[Report on the health of British troops in the Madras command]
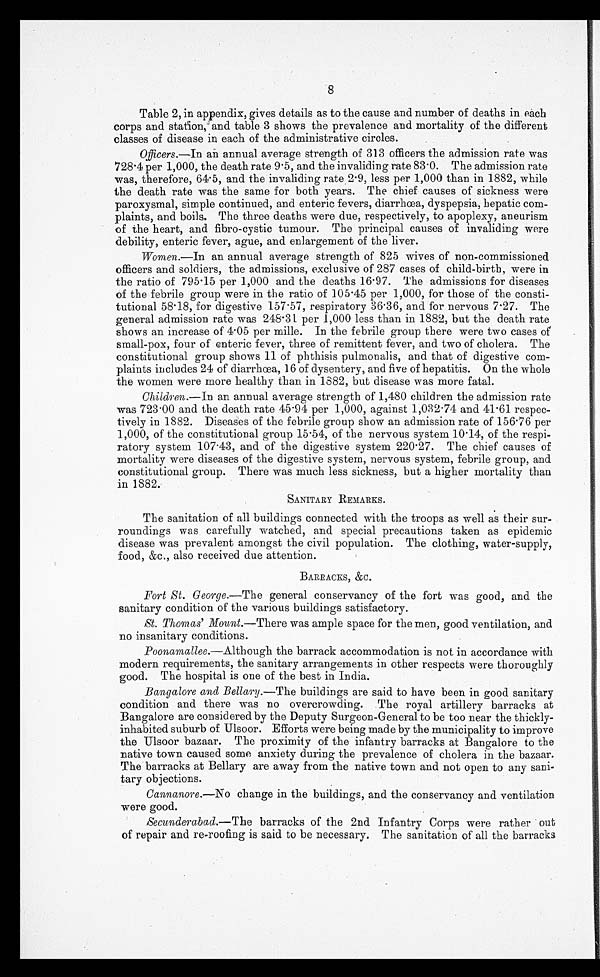
8
Table 2, in appendix, gives details as to the cause and number of deaths in each
corps and station, and table 3 shows the prevalence and mortality of the different
classes of disease in each of the administrative circles.
Officers.—In an annual average strength of 313 officers the admission rate was
728.4 per 1,000, the death rate 9.5, and the invaliding rate 83.0. The admission rate
was, therefore, 64.5, and the invaliding rate 2.9, less per 1,000 than in 1882, while
the death rate was the same for both years. The chief causes of sickness were
paroxysmal, simple continued, and enteric fevers, diarrhœa, dyspepsia, hepatic com
-plaints, and boils. The three deaths were due, respectively, to apoplexy, aneurism
of the heart, and fibro-cystic tumour. The principal causes of invaliding were
debility, enteric fever, ague, and enlargement of the liver.
Women. —In an annual average strength of 825 wives of non-commissioned
officers and soldiers, the admissions, exclusive of 287 cases of child-birth, were in
the ratio of 795.15 per 1,000 and the deaths 16.97. The admissions for diseases
of the febrile group were in the ratio of 105.45 per 1,000, for those of the consti
-tutional 58.18, for digestive 157.57, respiratory 36.36, and for nervous 7.27. The
general admission rate was 248.31 per 1,000 less than in 1882, but the death rate
shows an increase of 4.05 per mille. In the febrile group there were two cases of
small-pox, four of enteric fever, three of remittent fever, and two of cholera. The
constitutional group shows 11 of phthisis pulmonalis, and that of digestive com
-plaints includes 24 of diarrhœa, 16 of dysentery, and five of hepatitis. On the whole
the women were more healthy than in 1882, but disease was more fatal.
Children. —In an annual average strength of 1,480 children the admission rate
was 723.00 and the death rate 45.94 per 1,000, against 1,032.74 and 41.61 respec
-tively in 1882. Diseases of the febrile group show an admission rate of 156.76 per
1,000, of the constitutional group 15.54, of the nervous system 10.14, of the respi
-ratory system 107.43, and of the digestive system 220.27. The chief causes of
mortality were diseases of the digestive system, nervous system, febrile group, and
constitutional group. There was much less sickness, but a higher mortality than
in 1882.
SANITARY REMARKS.
The sanitation of all buildings connected with the troops as well as their sur
-roundings was carefully watched, and special precautions taken as epidemic
disease was prevalent amongst the civil population. The clothing, water-supply,
food, &c., also received due attention.
BARRACKS, & C.
Fort St. George.—The general conservancy of the fort was good, and the
sanitary condition of the various buildings satisfactory.
St. Thomas' Mount. —There was ample space for the men, good ventilation, and
no insanitary conditions.
Poonamallee.—Although the barrack accommodation is not in accordance with
modern requirements, the sanitary arrangements in other respects were thoroughly
good. The hospital is one of the best in India.
Bangalore and Bellary. —The buildings are said to have been in good sanitary
condition and there was no overcrowding. The royal artillery barracks at
Bangalore are considered by the Deputy Surgeon-General to be too near the thickly-
inhabited suburb of Ulsoor. Efforts were being made by the municipality to improve
the Ulsoor bazaar. The proximity of the infantry barracks at Bangalore to the
native town caused some anxiety during the prevalence of cholera in the bazaar.
The barracks at Bellary are away from the native town and not open to any sani
-tary objections.
Cannanore.—No change in the buildings, and the conservancy and ventilation
were good.
Secunderabad. —The barracks of the 2nd Infantry Corps were rather out
of repair and re-roofing is said to be necessary. The sanitation of all the barracks